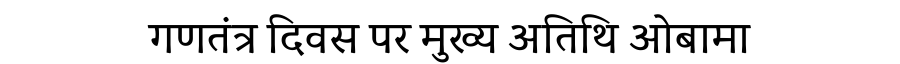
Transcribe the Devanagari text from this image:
गणतंत्र दिवस पर मुख्य अतिथि ओबामा